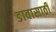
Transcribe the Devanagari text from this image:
डावासाठी